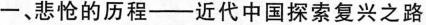
一、悲怆的历程--近代中国探索复兴之路